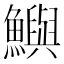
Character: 鱮